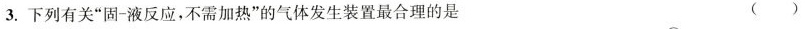
3.下列有关”固-液反应，不需加热”的气体发生装置最合理的是 ( )